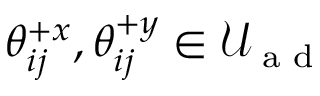
\mathcal { \theta } _ { i j } ^ { + x } , \mathcal { \theta } _ { i j } ^ { + y } \in \mathcal { U } _ { \textrm { a d } }